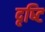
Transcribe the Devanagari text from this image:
दृष्‍टि